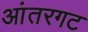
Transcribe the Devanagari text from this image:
आंतरगट